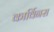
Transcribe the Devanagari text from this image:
कार्विनस